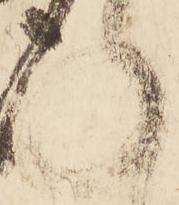
承